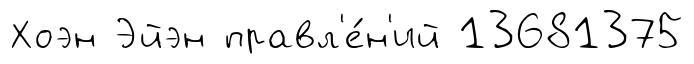
Хоэн Эйэн правл'е́н'ий 13681375